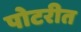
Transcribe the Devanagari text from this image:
पोटरीत